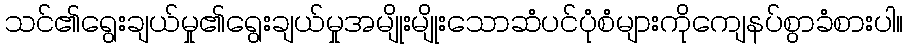
သင်၏ရွေးချယ်မှု၏ရွေးချယ်မှုအမျိုးမျိုးသောဆံပင်ပုံစံများကိုကျေနပ်စွာခံစားပါ။